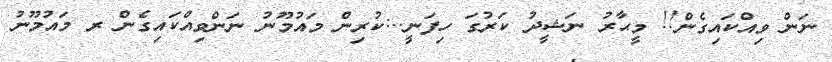
ނަން ވިއްކައިގެން!! މީޙާރު ނަޝީދު ކަރުގަ ހިފަނީ..:ކުރިން މައުމޫނު ނަންވިއްކައިގެން ރ މައުމޫނު